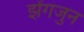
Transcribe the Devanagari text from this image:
झेंगजुन